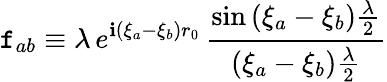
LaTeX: \mathtt{f}_{ab}\equiv\lambda\, e^{\mathbf{i}(\xi_{a}-\xi_{b})r_{0}}\, \frac{{\sin\left(\xi_{a}-\xi_{b}\right)\frac{{\lambda}}{{2}}}}{{\left(\xi_{a}-\xi_{b}\right)\frac{{\lambda}}{{2}}}}